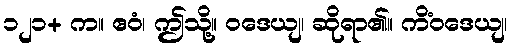
၁၂၁+ က။ ဧဝံ၊ ဤသို့။ ဝဒေယျ၊ ဆိုရာ၏။ ကိံဝဒေယျ၊